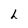
Character: L